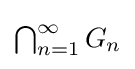
\textstyle {\bigcap _{n=1}^{\infty }G_{n}}